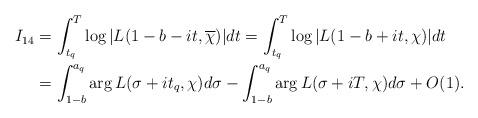
LaTeX: \begin{align*}I_{14} &= \int_{t_q}^T \log{|L(1-b-it,\overline{\chi})|} dt = \int_{t_q}^T \log{|L(1-b+it,\chi)|} dt \\&= \int_{1-b}^{a_q} \arg{L(\sigma+it_q,\chi)} d\sigma - \int_{1-b}^{a_q} \arg{L(\sigma+iT,\chi)} d\sigma +O(1).\end{align*}